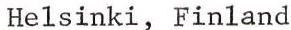
Helsinki, Finland